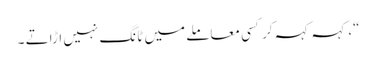
“، کہہ کہہ کر کسی معاملے میں ٹانگ نہیں اڑاتے ۔